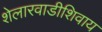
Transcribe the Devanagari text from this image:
शेलारवाडीशिवाय